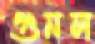
গুনল